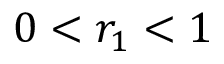
0 < r _ { 1 } < 1